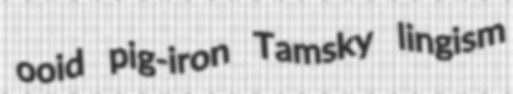
ooid pig-iron Tamsky lingism